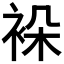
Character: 𬡖